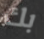
بك